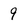
Character: 9